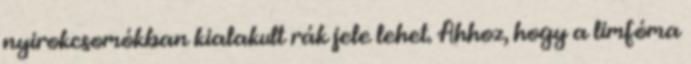
nyirokcsomókban kialakult rák jele lehet. Ahhoz, hogy a limfóma